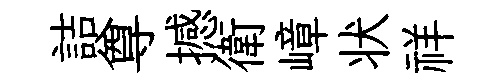
詰尊撼衛嶂状祥